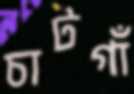
চাটগাঁ